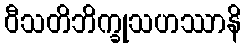
ဝီသတိဘိက္ခုသဟဿာနိ